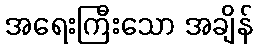
အရေးကြီးသော အချိန်